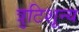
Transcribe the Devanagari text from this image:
त्रुटिशून्य